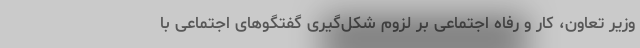
وزیر تعاون، کار و رفاه اجتماعی بر لزوم شکل‌گیری گفتگوهای اجتماعی با